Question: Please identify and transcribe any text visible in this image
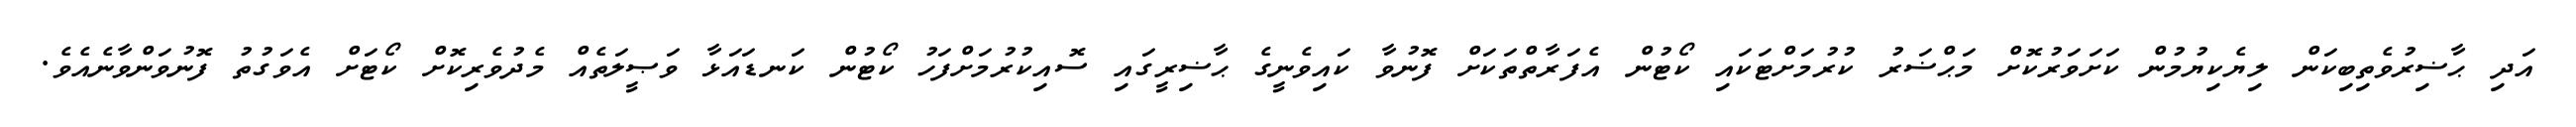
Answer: އަދި ޙާޟިރުވެތިބިކަން ލިޔެކިޔުމުން ކަށަވަރުކޮށް މަޙްޟަރު ކުރުމަށްޓަކައި ކޯޓުން އެފަރާތްތަކަށް ފޮނުވާ ކައިވެނީގެ ޙާޟިރީގައި ސޮއިކުރުމަށްފަހު ކޯޓުން ކަނޑައަޅާ ވަޞީލަތެއް މެދުވެރިކޮށް ކޯޓަށް އެވަގުތު ފޮނުވަންވާނެއެވެ.